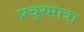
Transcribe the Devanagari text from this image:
प्रचुरमात्रा